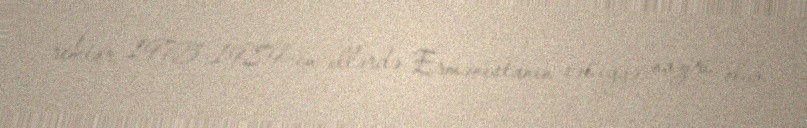
rektor, 1975–1989-cu illərdə Ermənistanın səhiyyə naziri olub.